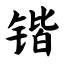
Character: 锴